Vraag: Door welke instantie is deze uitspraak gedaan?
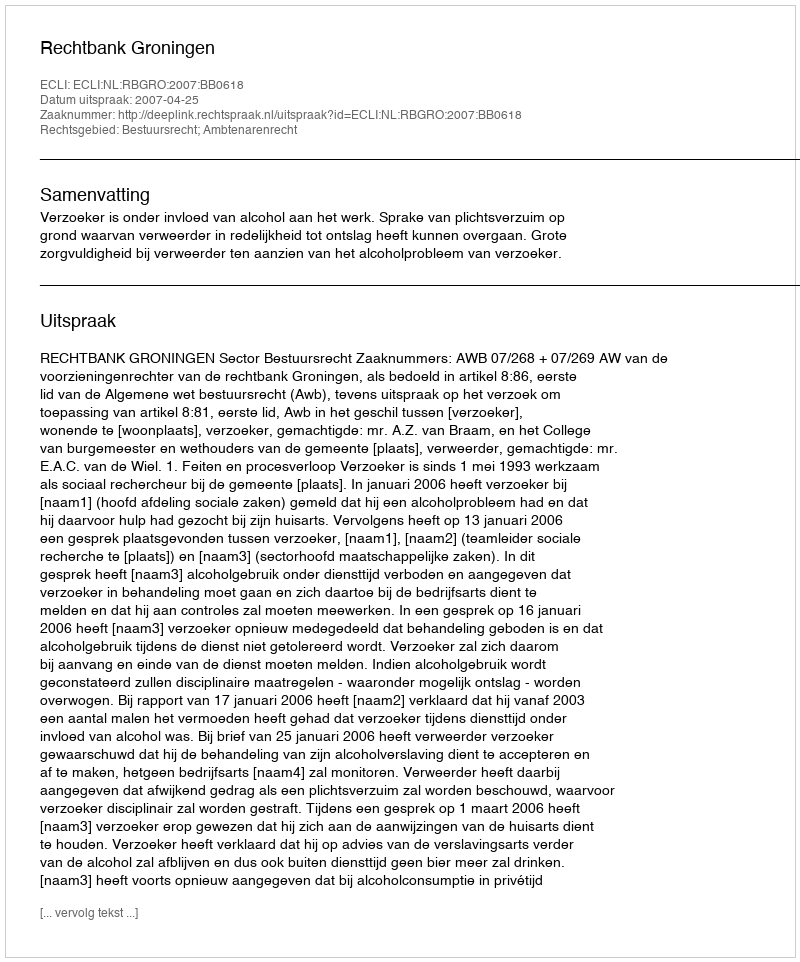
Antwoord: Rechtbank Groningen